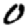
Digit: 0